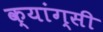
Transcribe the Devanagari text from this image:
क्यांग्सी